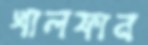
খালফান